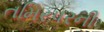
તમિરપરની